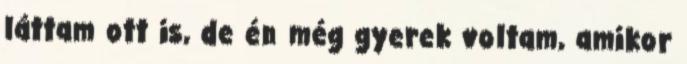
láttam ott is, de én még gyerek voltam, amikor